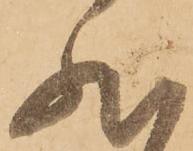
然